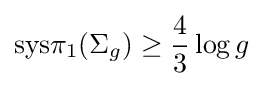
\mathrm {sys} \pi _{1}(\Sigma _{g})\geq {\frac {4}{3}}\log g